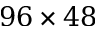
9 6 \times 4 8